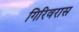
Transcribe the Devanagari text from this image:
गिरिवरास